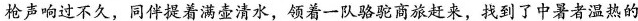
枪声响过不久，同伴提着满壶清水，领着一队骆驼商旅赶来，找到了中暑者温热的